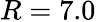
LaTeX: R=7.0